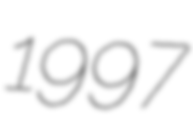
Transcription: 1997